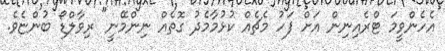
އެހެންވީމަ ޓްރެއިނިން އަށް ފަހު މެޗެއް ކުޅުމާމެދު ގޮތެއް ނިންމޭނީ" ރިވާލްޑޯ ބުންޏެވެ.